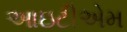
આઇટીએમ